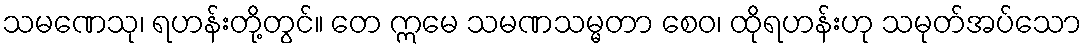
သမဏေသု၊ ရဟန်းတို့တွင်။ တေ ဣမေ သမဏသမ္မတာ စေဝ၊ ထိုရဟန်းဟု သမုတ်အပ်သော